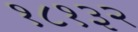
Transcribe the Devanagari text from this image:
१८१३२